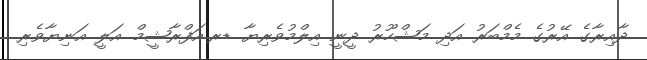
ދާއިރާގެ އޭރުގެ މެމްބަރު އަދި މަޝްހޫރު ދީނީ އިލްމުވެރިޔާ ޑރ.އަފްރާޝީމް އަލީ އަނިޔާވެރި